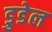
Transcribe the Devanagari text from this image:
डुडेल